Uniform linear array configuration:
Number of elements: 4
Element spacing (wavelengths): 0.25
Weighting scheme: cosine
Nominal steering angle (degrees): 45
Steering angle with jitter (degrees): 45.218
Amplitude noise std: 0.05
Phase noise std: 0.05

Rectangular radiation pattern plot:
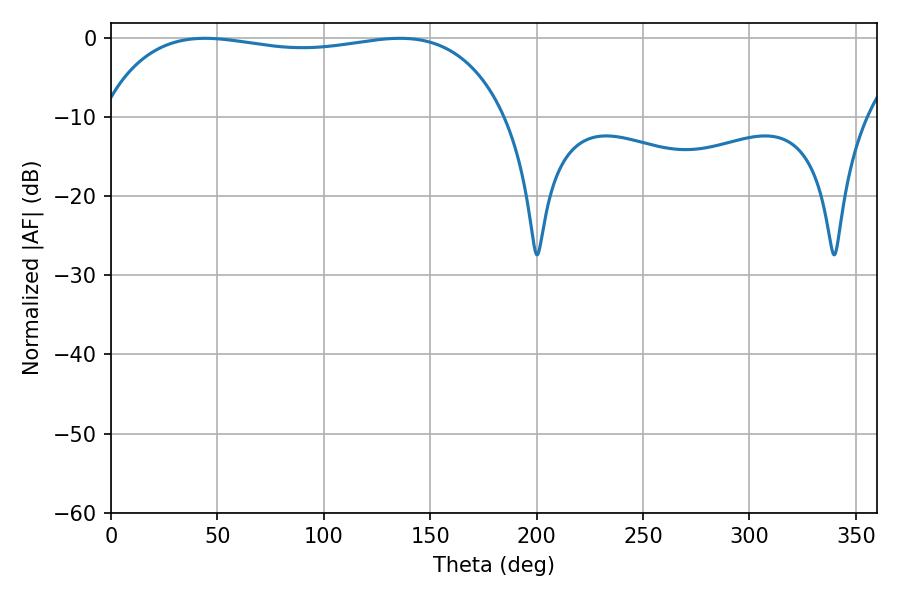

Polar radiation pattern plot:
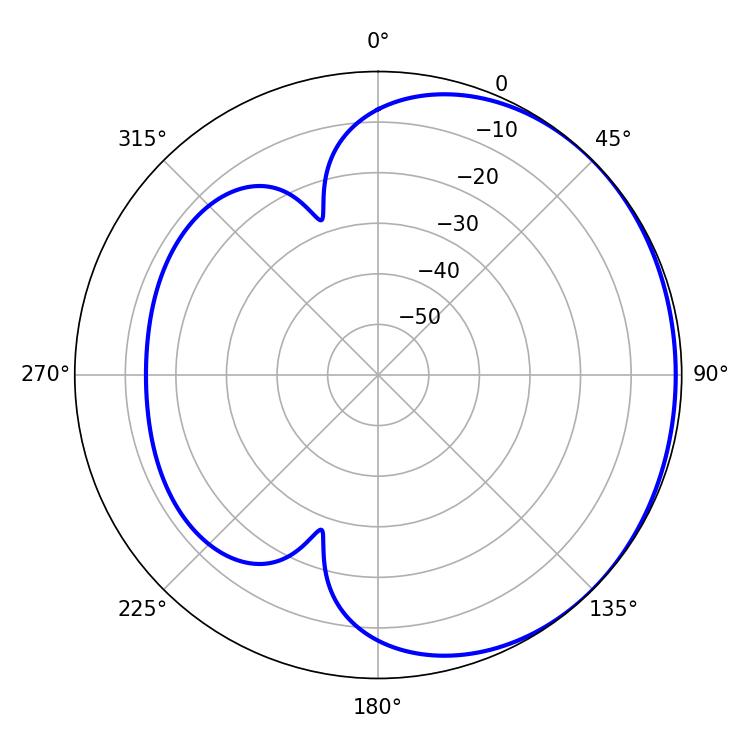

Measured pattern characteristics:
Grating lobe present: FALSE
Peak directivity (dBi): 0.9183
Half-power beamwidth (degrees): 153.72
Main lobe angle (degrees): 44.28